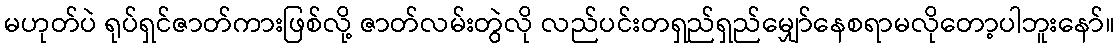
မဟုတ်ပဲ ရုပ်ရှင်ဇာတ်ကားဖြစ်လို့ ဇာတ်လမ်းတွဲလို လည်ပင်းတရှည်ရှည်မျှော်နေစရာမလိုတော့ပါဘူးနော်။